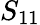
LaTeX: S_{\mathrm{11}}